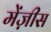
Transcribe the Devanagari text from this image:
मेंज़ीस